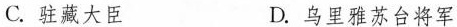
C. 驻藏大臣 D. 乌里雅苏台将军